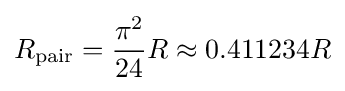
R_{\text{pair}}={\pi ^{2} \over 24}R\approx 0.411234R